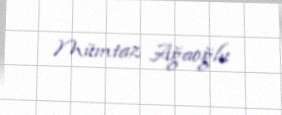
Mümtaz Ağaoğlu